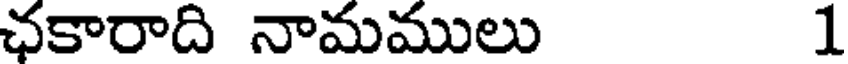
ఛకారాది నామములు 1